Code of medical and sanitary regulations for the guidance of medical officers serving in the Madras Presidency - Volume I
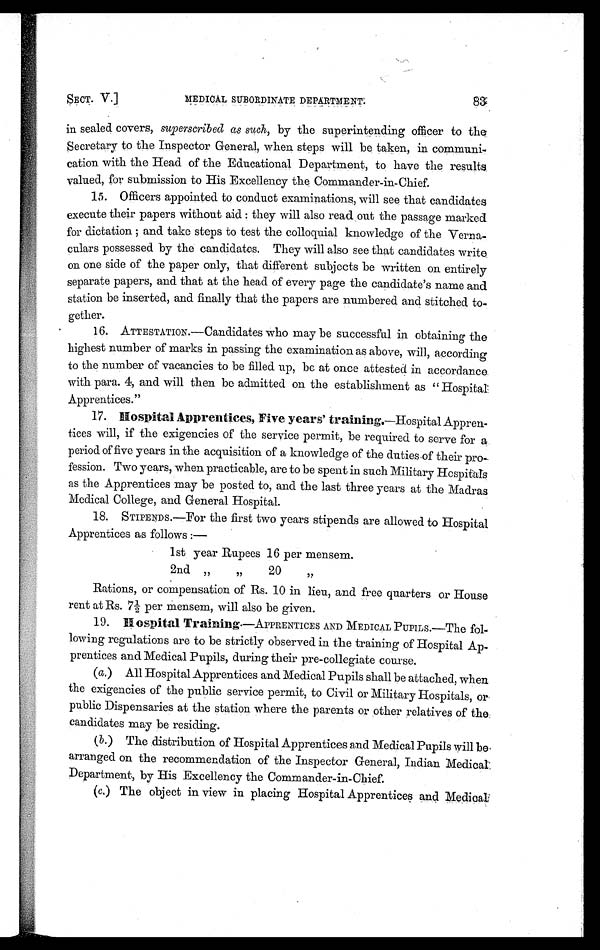
SECT. V.]
MEDICAL SUBORDINATE DEPARTMENT.
83
in sealed covers, superscribed as such, by the superintending officer to the
Secretary to the Inspector General, when steps will be taken, in communi-
cation with the Head of the Educational Department, to have the results
valued, for submission to His Excellency the Commander-in-Chief.
15. Officers appointed to conduct examinations, will see that candidates
execute their papers without aid : they will also read out the passage marked
for dictation and. take steps to test the colloquial knowledge of the Verna-
culars possessed by the candidates. They will also see that candidates write
on one side of the paper only, that different subjects be written on entirely
separate papers, and that at the head of every page the candidate's name and
station be inserted, and finally that the papers are numbered and stitched to-
gether.
16. ATTESTATION.—Candidates who may be successful in obtaining the
highest number of marks in passing the examination as above, will, according
to the number of vacancies to be filled up, be at once attested in accordance.
with para. 4, and will then be admitted on the establishment as " Hospital
Apprentices."
17. Hospital Apprentices, Five years' training.—Hospital Appren-
tices will, if the exigencies of the service permit, be required to serve for a
period of five years in the acquisition of a knowledge of the duties of their pro-
fession. Two years, when practicable, are to be spent in such Military Hospitals
as the Apprentices may be posted to, and the last three years at the Madras
Medical College, and General Hospital.
18. STIPENDS.—For the first two years stipends are allowed to Hospital
Apprentices as follows :
—
1st year Rupees 16 per mensem.
2 n d
, ,
, ,
2 0
, ,
Rations, or compensation of Rs. 10 in lieu, and free quarters or House
rent at Rs. 7½ per mensem, will also be given.
19. Hospital Training.—APPRENTICES AND MEDICAL PUPILS.—The fol-
lowing regulations are to be strictly observed in the training of Hospital Ap-
prentices and Medical Pupils, during their pre-collegiate course.
(a.) All Hospital Apprentices and Medical Pupils shall be attached, when
the exigencies of the public service permit, to Civil or Military Hospitals, or
public Dispensaries at the station where the parents or other relatives of the
candidates may be residing.
(b.) The distribution of Hospital Apprentices and Medical Pupils will be,
arranged on the recommendation of the Inspector General, Indian Medical
Department, by His Excellency the Commander-in-Chief.
(c.) The object in view in placing Hospital Apprentices and Medical